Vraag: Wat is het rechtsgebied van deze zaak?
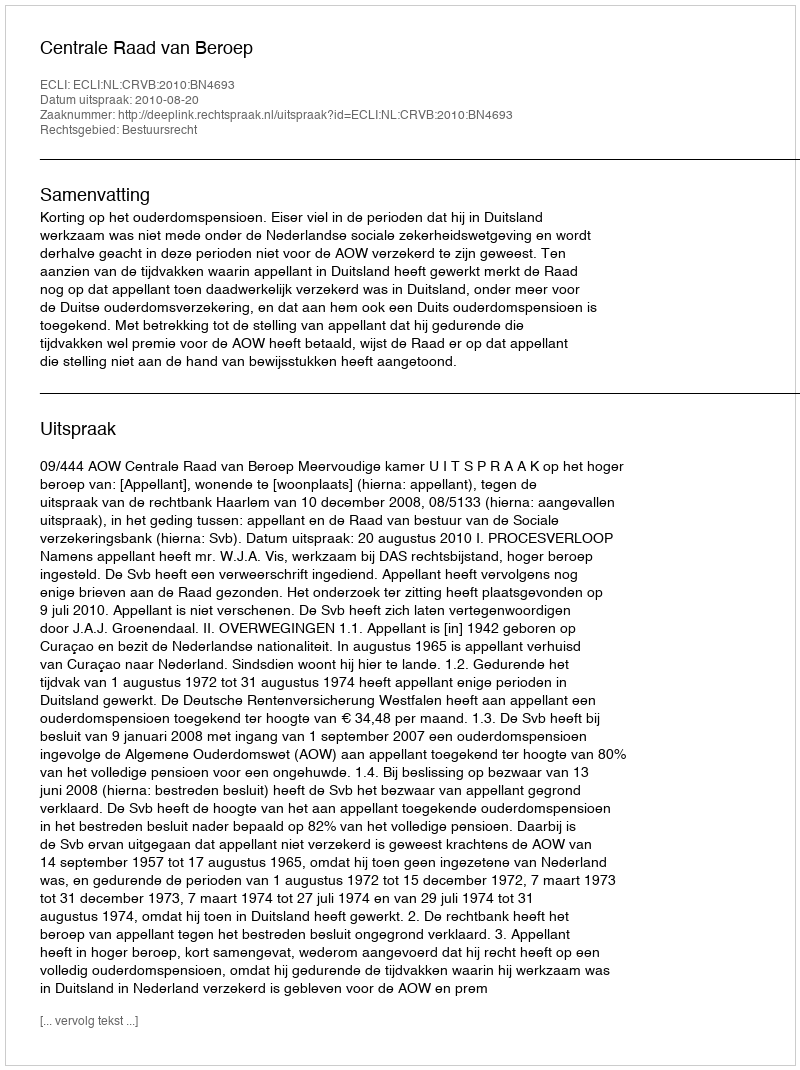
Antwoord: Bestuursrecht